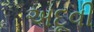
અદૂવી